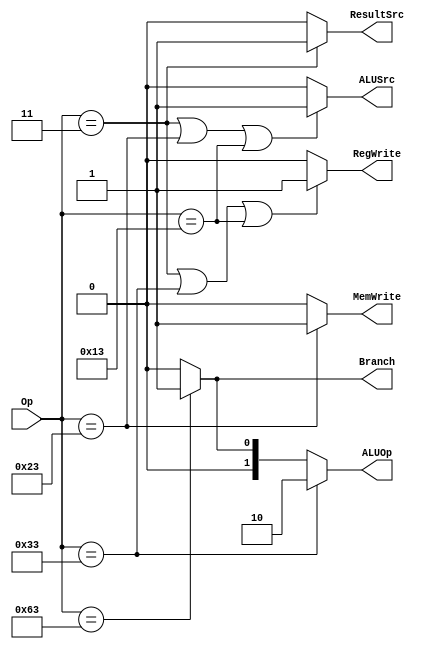
`timescale 1ns / 1ps
//////////////////////////////////////////////////////////////////////////////////
// Company: 
// Engineer: 
// 
// Design Name: 
// Module Name: decoder_controle
// Project Name: 
// Target Devices: 
// Tool Versions: 
// Description: 
// 
// Dependencies: 
// 
// Revision:
// Revision 0.01 - File Created
// Additional Comments:
// 
//////////////////////////////////////////////////////////////////////////////////


module decoder_controle(Op,RegWrite,ALUSrc,MemWrite,ResultSrc,Branch,ALUOp);
    input [6:0]Op;
    output RegWrite,ALUSrc,MemWrite,ResultSrc,Branch;
    output [1:0]ALUOp;

    assign RegWrite = (Op == 7'b0000011 | Op == 7'b0110011 | Op == 7'b0010011 ) ? 1'b1 :
                                                              1'b0 ;
    
    assign ALUSrc = (Op == 7'b0000011 | Op == 7'b0100011 | Op == 7'b0010011) ? 1'b1 :
                                                            1'b0 ;
    assign MemWrite = (Op == 7'b0100011) ? 1'b1 :
                                           1'b0 ;
    assign ResultSrc = (Op == 7'b0000011) ? 1'b1 :
                                            1'b0 ;
    assign Branch = (Op == 7'b1100011) ? 1'b1 :
                                         1'b0 ;
    assign ALUOp = (Op == 7'b0110011) ? 2'b10 :
                   (Op == 7'b1100011) ? 2'b01 :
                                        2'b00 ;
endmodule